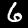
Label: 6